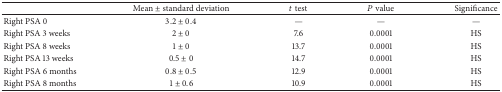
<table><thead><tr><td><b> </b></td><td><b>Mean ± standard deviation</b></td><td><b><i>t</i> test</b></td><td><b><i>P</i> value</b></td><td><b>Significance</b></td></tr></thead><tbody><tr><td> Right PSA 0</td><td>3.2 ± 0.4</td><td>—</td><td>—</td><td>—</td></tr><tr><td> Right PSA 3 weeks</td><td>2 ± 0</td><td>7.6</td><td>0.0001</td><td>HS</td></tr><tr><td> Right PSA 8 weeks</td><td>1 ± 0</td><td>13.7</td><td>0.0001</td><td>HS</td></tr><tr><td>Right PSA 13 weeks</td><td>0.5 ± 0</td><td>14.7</td><td>0.0001</td><td>HS</td></tr><tr><td>Right PSA 6 months</td><td>0.8 ± 0.5</td><td>12.9</td><td>0.0001</td><td>HS</td></tr><tr><td>Right PSA 8 months</td><td>1 ± 0.6</td><td>10.9</td><td>0.0001</td><td>HS</td></tr></tbody></table>